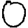
Digit: 0